Vaccination in Bombay 1913-1923 - 1913-1923
Year: 1913
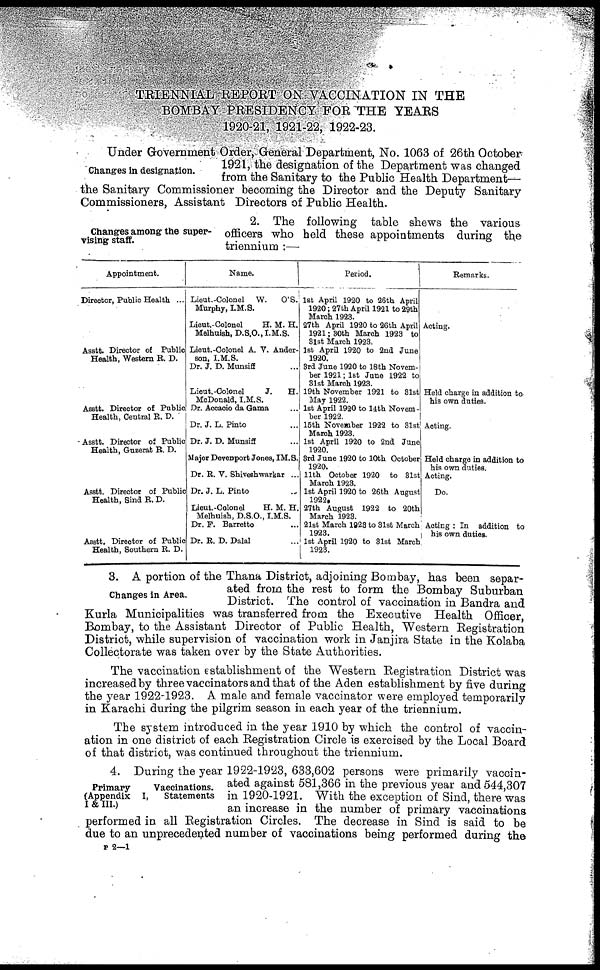
TRIENNIAL REPORT ON VACCINATION IN THE
BOMBAY PRESIDENCY FOR THE YEARS
1920-21, 1921-22, 1922-23.
Changes in designation.
Under Government Order, General Department, No. 1063 of 26th October
1921, the designation of the Department was changed
from the Sanitary to the Public Health Department—
the Sanitary Commissioner becoming the Director and the Deputy Sanitary
Commissioners, Assistant Directors of Public Health.
Changes among the super-
vising staff.
2. The following table shews the various
officers who held these appointments during the
triennium :—
Appointment.
Director, Public Health ...
Asatt. Director of Public
Health, Western R. D.
Asstt. Director of Public
Health, Central R. D.
Asstt. Director of Public
Health, Guzerat R. D.
Asstt. Director of Public
Health, Sind R. D.
Asstt. Director of Public
Health, Southern R. D.
Name.
Lieut.-Colonel W.
O'S.
Murphy, I.M.S.
Lieut.-Colonel
H. M. H.
Melhuish, D.S.O., I.M.S.
Lieut.-Colonel A. V. Ander-
son, I.M.S.
Dr. J. D. Munsiff ...
Lieut.-Colonel
J.
H.
McDonald, I.M.S.
Dr. Accacio da Gama ...
Dr. J. L. Pinto ...
Dr. J. D. Munsiff ...
Major Devenport Jones, IM.S.
Dr. B. V. Shiveshwarkar ...
Dr. J. L. Pinto ...
Lieut.-Colonel
H. M. H.
Melhuish, D.S.O., I.M.S.
Dr. F. Barretto ...
Dr. R. D. Dalal ...
Period.
1st April 1920 to 26th April
1920; 27th April 1921 to 29th
March 1923.
27th April 1920 to 26th April
1921; 30th March 1923 to
31st March 1923.
1st April 1920 to 2nd June
1920.
3rd June 1920 to 18th Novem-
ber 1921;1st June 1922 to
31st March 1923.
19th November 1921 to 31st
May 1922.
1st April 1920 to 14th Novem-
ber 1922.
15th November 1922 to 31st
March 1923.
1st April 1920 to 2nd June
1920.
3rd June 1920 to 10th October
1920.
11th October 1920 to 31st
March 1923.
1st April 1920 to 26th August
1922.
27th August 1922 to 20th
March 1923.
21st March 1923 to 31st March
1923.
1st April 1920 to 31st March
1923.
Remarks.
Acting.
Held charge in addition to
his own duties.
Acting.
Held charge in addition to
his own duties.
Acting.
Do.
Acting : In addition to
his own duties.
.
Changes in Area.
3. A portion of the Thana District, adjoining Bombay, has been separ-
ated from the rest to form the Bombay Suburban
District. The control of vaccination in Bandra and
Kurla Municipalities was transferred from the Executive Health Officer,
Bombay, to the Assistant Director of Public Health, Western Registration
District, while supervision of vaccination work in Janjira State in the Kolaba
Collectorate was taken over by the State Authorities.
The vaccination establishment of the Western Registration District was
increased by three vaccinators and that of the Aden establishment by five during
the year 1922-1923. A male and female vaccinator were employed temporarily
in Karachi during the pilgrim season in each year of the triennium.
The system introduced in the year 1910 by which the control of vaccin-
ation in one district of each Registration Circle is exercised by the Local Board
of that district, was continued throughout the triennium.
Primary
Vaccinations.
(Appendix I,
Statements
I & III.)
4. During the year 1922-1923, 633,602 persons were primarily vaccin-
ated against 581,366 in the previous year and 544,307
in 1920-1921. With the exception of Sind, there was
an increase in the number of primary vaccinations
performed in all Registration Circles. The decrease in Sind is said to be
due to an unprecedented number of vaccinations being performed during the
P 2—1